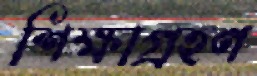
শিক্ষাগ্রহণ